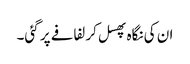
ان کی نگاہ پھسل کر لفافے پر گئی۔